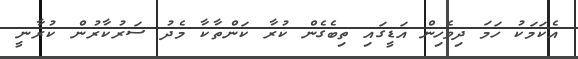
އެކަމަކު ހަމަ ދިވެހިން އަޑީގައި ތިބެގެން ކުރާ ކަންތާކާ މެދު ސަރުކާރުން ކުރާނީ